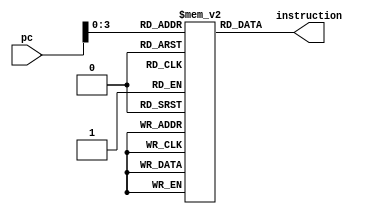
`timescale 1ns / 1ps
//////////////////////////////////////////////////////////////////////////////////
// Company: 
// Engineer: 
// 
// Design Name: 
// Module Name: instruction_memory
// Project Name: 
// Target Devices: 
// Tool Versions: 
// Description: 
// 
// Dependencies: 
// 
// Revision:
// Revision 0.01 - File Created
// Additional Comments:
// 
//////////////////////////////////////////////////////////////////////////////////


module instruction_memory#(parameter W = 16)(
    input wire [W-1:0] pc,
    output reg [W-1:0] instruction);
    
    reg [15:0] rom_memory [15:0];
    
    initial begin
        /*aici se vor stoca codurile tutror instrctiunilor folosite*/
        /*rom_memory[0] = 16'b...;*/
    end
    
    always @(*) begin
        instruction = rom_memory[pc];
    end
    
endmodule